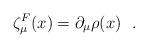
LaTeX: \begin{align*}\zeta_{\mu}^{F} (x) = \partial_{\mu} \rho (x)~~.\end{align*}